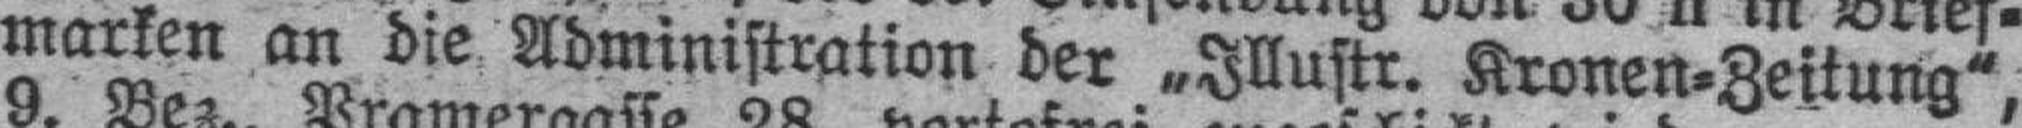
marken an die Administration der „Illustr. Kronen=Zeitung",